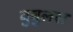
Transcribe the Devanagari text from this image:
वुबुलस